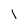
Character: 1